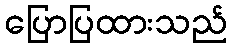
ပြောပြထားသည်